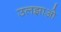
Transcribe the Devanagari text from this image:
उलझाओ